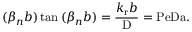
( \beta _ { n } b ) \tan { ( \beta _ { n } b ) } = \frac { k _ { \mathrm { r } } b } { \mathrm { D } } = \mathrm { P e D a } .